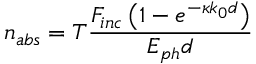
n _ { a b s } = T \frac { F _ { i n c } \left( 1 - e ^ { - \kappa k _ { 0 } d } \right) } { E _ { p h } d }